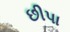
છીપા